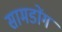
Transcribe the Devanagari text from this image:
सामडोंग